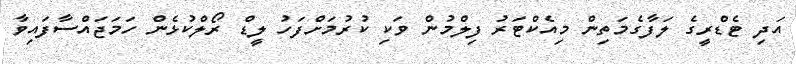
އަދި ޓެޑްރީގެ ލަފާގެމަތިން މިއެކްޓަރު ފިލްމުން ވަކި ކުރުމަށްފަހު ލީޑް ރޯލްކުޅެން ހަމަޖައްސާފައިވާ